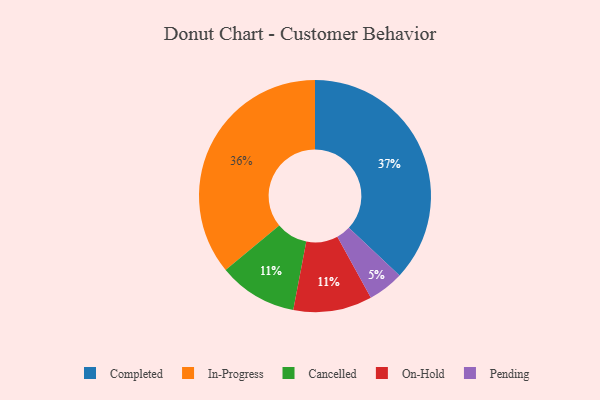
{"axis": {"x": "Category", "y": "Percentage"}, "legend": ["Cancelled", "Completed", "In-Progress", "On-Hold", "Pending"], "data": [{"x": "Pending", "y": 5, "type": "Pending"}, {"x": "In-Progress", "y": 36, "type": "In-Progress"}, {"x": "Cancelled", "y": 11, "type": "Cancelled"}, {"x": "On-Hold", "y": 11, "type": "On-Hold"}, {"x": "Completed", "y": 37, "type": "Completed"}]}